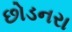
છોડનરા